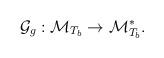
LaTeX: \begin{align*}\mathcal{G}_{g}:\mathcal{M}_{T_{b}}\rightarrow \mathcal{M}_{T_{b}}^{\ast }.\end{align*}